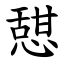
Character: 憇